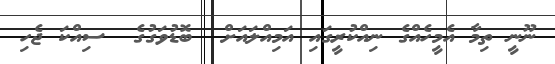
ނޫނީ ތިމާ އެމީހެއްގެ ނިއްކުރީގައި އަމިއްލައަށް  ބޮޑުވަގުގެ  ސިއްކަ ޖެހި